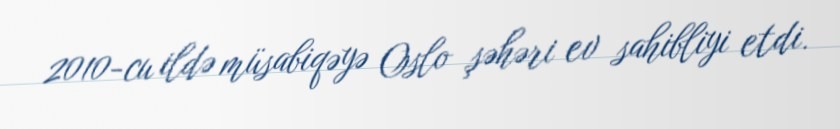
2010-cu ildə müsabiqəyə Oslo şəhəri ev sahibliyi etdi.